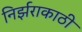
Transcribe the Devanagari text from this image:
निर्झराकाठी